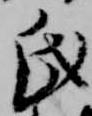
氏